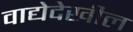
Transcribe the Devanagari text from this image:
वाद्येदेखील